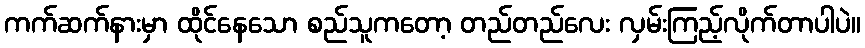
ကက်ဆက်နားမှာ ထိုင်နေသော စည်သူကတော့ တည်တည်လေး လှမ်းကြည့်လိုက်တာပါပဲ။